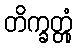
တိက္ခတ္တုံ